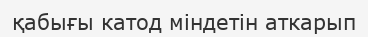
қабығы катод міндетін аткарып